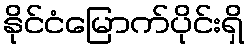
နိုင်ငံမြောက်ပိုင်းရှိ